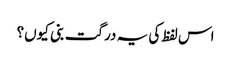
اس لفظ کی یہ درگت بنی کیوں؟